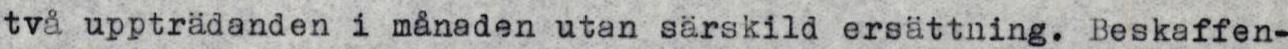
två uppträdanden i månaden utan särskild ersättning. Beskaffen-